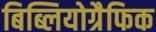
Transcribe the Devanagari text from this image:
बिब्लियोग्रैफिक